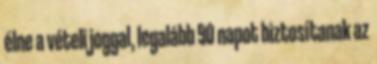
élne a vételi joggal, legalább 90 napot biztosítanak az